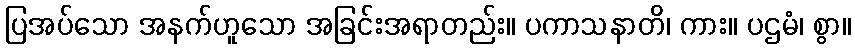
ပြအပ်သော အနက်ဟူသော အခြင်းအရာတည်း။ ပကာသနာတိ၊ ကား။ ပဌမံ၊ စွာ။